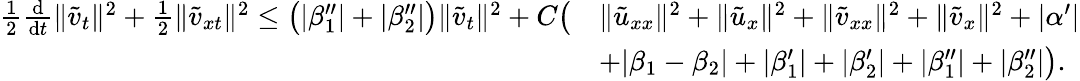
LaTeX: \begin{array}{rl}{\frac{1}{2}\frac{\mathrm{d}}{\mathrm{d}t}\| \tilde{v}_{t}\| ^{2}+\frac 12\| \tilde{v}_{xt}\| ^{2}\le\big(|\beta_{1}^{\prime\prime}|+|\beta_{2}^{\prime\prime}|\big)\| \tilde{v}_{t}\| ^{2}+C\big(}&{\| \tilde{u}_{xx}\| ^{2}+\| \tilde{u}_{x}\| ^{2}+\| \tilde{v}_{xx}\| ^{2}+\| \tilde{v}_{x}\| ^{2}+|\alpha^{\prime}|}\\ &{+|\beta_{1}-\beta_{2}|+|\beta_{1}^{\prime}|+|\beta_{2}^{\prime}|+|\beta_{1}^{\prime\prime}|+|\beta_{2}^{\prime\prime}|\big).}\end{array}